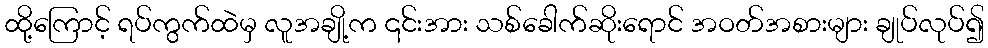
ထို့ကြောင့် ရပ်ကွက်ထဲမှ လူအချို့က ၎င်းအား သစ်ခေါက်ဆိုးရောင် အဝတ်အစားများ ချုပ်လုပ်၍